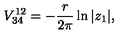
V _ { 3 4 } ^ { 1 2 } = - { \frac { r } { 2 \pi } } \ln | z _ { 1 } | ,